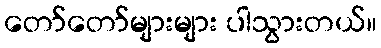
တော်တော်များများ ပါသွားတယ်။